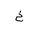
Letter: _kha